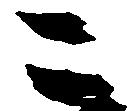
こ